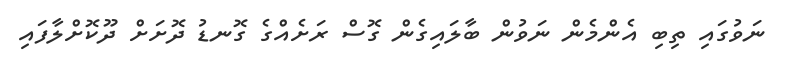
ނަވުގައި ތިބި އެންމެން ނަވުން ބާލައިގެން ގޮސް ރަށެއްގެ ގޮނޑު ދޮށަށް ދޫކޮށްލާފައި